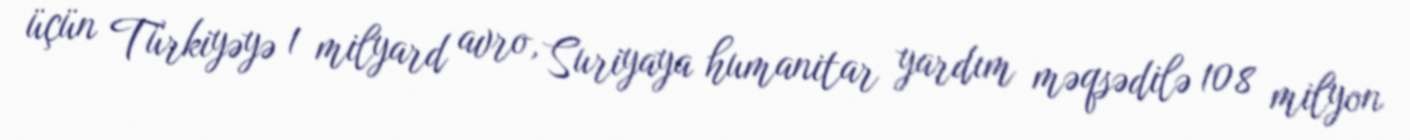
üçün Türkiyəyə 1 milyard avro, Suriyaya humanitar yardım məqsədilə 108 milyon